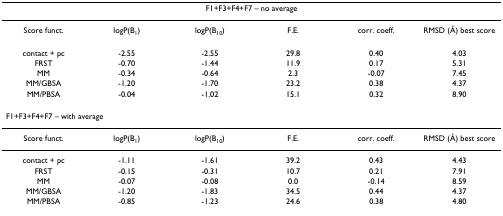
<table><thead><tr><td colspan="6"><b>F1+F3+F4+F7 – no average</b></td></tr></thead><tbody><tr><td>Score funct.</td><td>logP(B<sub>1</sub>)</td><td>logP(B<sub>10</sub>)</td><td>F.E.</td><td>corr. coeff.</td><td>RMSD (Å) best score</td></tr><tr><td>contact + pc</td><td>-2.55</td><td>-2.55</td><td>29.8</td><td>0.40</td><td>4.03</td></tr><tr><td>FRST</td><td>-0.70</td><td>-1.44</td><td>11.9</td><td>0.17</td><td>5.31</td></tr><tr><td>MM</td><td>-0.34</td><td>-0.64</td><td>2.3</td><td>-0.07</td><td>7.45</td></tr><tr><td>MM/GBSA</td><td>-1.20</td><td>-1.70</td><td>23.2</td><td>0.38</td><td>4.37</td></tr><tr><td>MM/PBSA</td><td>-0.04</td><td>-1.02</td><td>15.1</td><td>0.32</td><td>8.90</td></tr><tr><td colspan="6">F1+F3+F4+F7 – with average</td></tr><tr><td>Score funct.</td><td>logP(B<sub>1</sub>)</td><td>logP(B<sub>10</sub>)</td><td>F.E.</td><td>corr. coeff.</td><td>RMSD (Å) best score</td></tr><tr><td>contact + pc</td><td>-1.11</td><td>-1.61</td><td>39.2</td><td>0.43</td><td>4.43</td></tr><tr><td>FRST</td><td>-0.15</td><td>-0.31</td><td>10.7</td><td>0.21</td><td>7.91</td></tr><tr><td>MM</td><td>-0.07</td><td>-0.08</td><td>0.0</td><td>-0.14</td><td>8.59</td></tr><tr><td>MM/GBSA</td><td>-1.20</td><td>-1.83</td><td>34.5</td><td>0.44</td><td>4.37</td></tr><tr><td>MM/PBSA</td><td>-0.85</td><td>-1.23</td><td>24.6</td><td>0.38</td><td>4.80</td></tr></tbody></table>